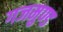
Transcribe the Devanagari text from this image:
गजमुण्ड